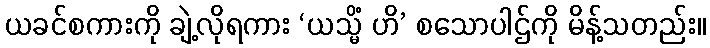
ယခင်စကားကို ချဲ့လိုရကား ‘ယသ္မိံ ဟိ’ စသောပါဌ်ကို မိန့်သတည်း။